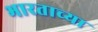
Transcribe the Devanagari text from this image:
भारताच्‍या